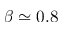
\beta \simeq 0 . 8